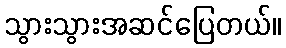
သွားသွားအဆင်ပြေတယ်။